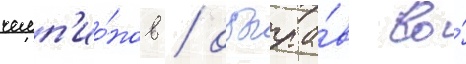
чемп'ио́нов / обыгра́в во́